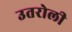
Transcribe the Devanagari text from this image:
उतरोली